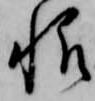
帆